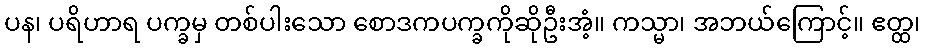
ပန၊ ပရိဟာရ ပက္ခမှ တစ်ပါးသော စောဒကပက္ခကိုဆိုဦးအံ့။ ကသ္မာ၊ အဘယ်ကြောင့်။ ဧတ္ထ၊